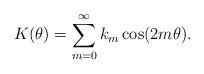
LaTeX: \begin{align*} K ( \theta ) = \sum_{m=0}^{\infty} k_{m} \cos ( 2m \theta ) .\end{align*}